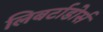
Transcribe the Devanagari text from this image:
लिबर्टाडोर्स